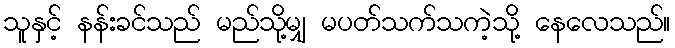
သူနှင့် နန်းခင်သည် မည်သို့မျှ မပတ်သက်သကဲ့သို့ နေလေသည်။